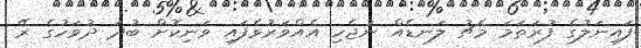
ފައިނަލުގެ ފުރަތަމަ މެޗު ލަނޑެއް ނުޖެހި އެއްވަރުވެފައި ވަނިކޮށް ބުދަ ދުވަހުގެ ރޭ